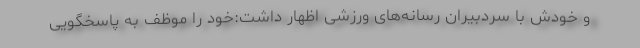
و خودش با سردبیران رسانه‌های ورزشی اظهار داشت:‌خود را موظف به پاسخگویی